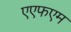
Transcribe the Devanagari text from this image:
एएफएम